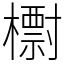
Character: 㯹